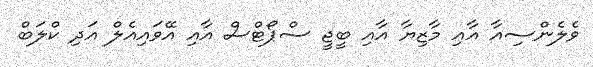
ވެލެންސިއާ އާއި މާޒިޔާ އާއި ބީޖީ ސްޕޯޓްސް އާއި އޭވައިއެލް އަދި ކްލަބް